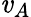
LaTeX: \mathit{v}_{A}